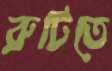
রুটিতে